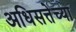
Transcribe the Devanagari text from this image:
अधिसत्तेच्या